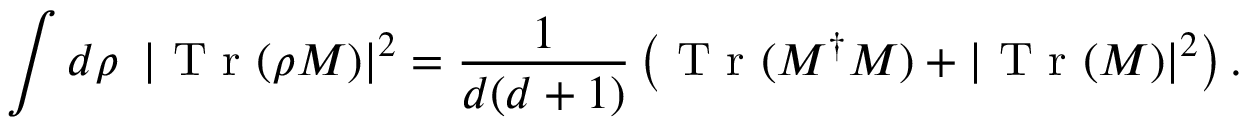
\int d \rho \, \, \left| \mathrm { ~ T ~ r ~ } ( \rho M ) \right| ^ { 2 } = \frac { 1 } { d ( d + 1 ) } \left( \mathrm { ~ T ~ r ~ } ( M ^ { \dagger } M ) + | \mathrm { ~ T ~ r ~ } ( M ) | ^ { 2 } \right) .